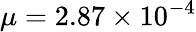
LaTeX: \mu=2.87\times{10^{-4}}